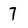
Character: 7